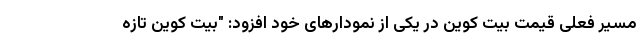
مسیر فعلی قیمت بیت کوین در یکی از نمودارهای خود افزود: "بیت کوین تازه